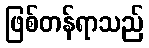
ဖြစ်တန်ရာသည်